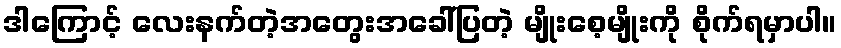
ဒါကြောင့် လေးနက်တဲ့အတွေးအခေါ်ပြတဲ့ မျိုးစေ့မျိုးကို စိုက်ရမှာပါ။